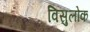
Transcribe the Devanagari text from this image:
विसुलोक